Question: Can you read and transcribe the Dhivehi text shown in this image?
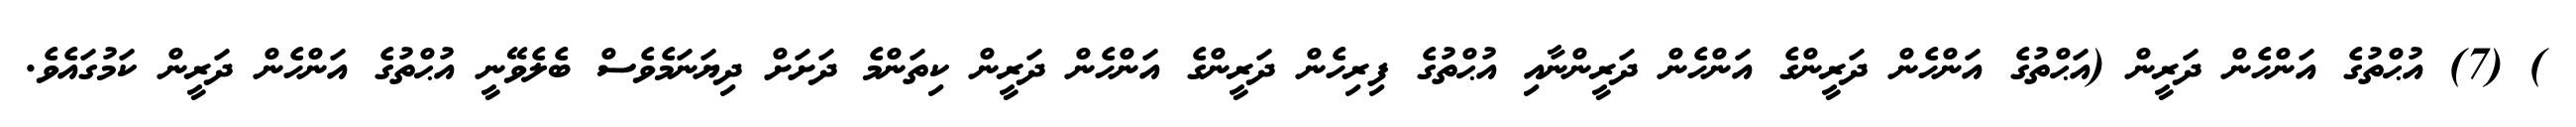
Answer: ) (7) އުޙްތުގެ އަންހެން ދަރީން (އަޙްތުގެ އަންހެން ދަރީންގެ އަންހެން ދަރީންނާއި އުޙްތުގެ ފިރިހެން ދަރީންގެ އަންހެން ދަރީން ކިތަންމެ ދަށަށް ދިޔަނަމެވެސް ބެލެވޭނީ އުޙްތުގެ އަންހެން ދަރީން ކަމުގައެވެ.